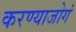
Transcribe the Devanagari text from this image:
करण्याजोगं